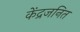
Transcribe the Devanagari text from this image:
केंद्रजनित